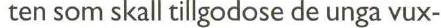
ten som skall tillgodose de unga vux-